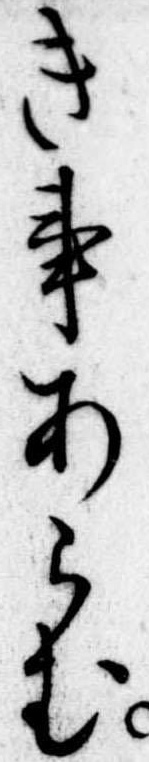
き事あらむ